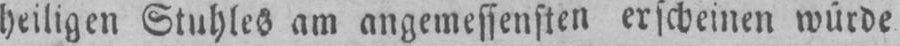
heiligen Stuhles am angemessensten erscheinen würde